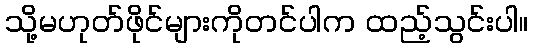
သို့မဟုတ်ဖိုင်များကိုတင်ပါက ထည့်သွင်းပါ။